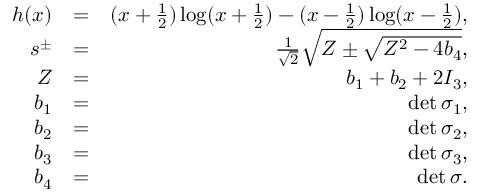
\begin{array} { r l r } { h ( x ) } & { = } & { ( x + \frac { 1 } { 2 } ) \log ( x + \frac { 1 } { 2 } ) - ( x - \frac { 1 } { 2 } ) \log ( x - \frac { 1 } { 2 } ) , } \\ { s ^ { \pm } } & { = } & { \frac { 1 } { \sqrt { 2 } } \sqrt { Z \pm \sqrt { Z ^ { 2 } - 4 b _ { 4 } } } , } \\ { Z } & { = } & { b _ { 1 } + b _ { 2 } + 2 I _ { 3 } , } \\ { b _ { 1 } } & { = } & { \operatorname* { d e t } \sigma _ { 1 } , } \\ { b _ { 2 } } & { = } & { \operatorname* { d e t } \sigma _ { 2 } , } \\ { b _ { 3 } } & { = } & { \operatorname* { d e t } \sigma _ { 3 } , } \\ { b _ { 4 } } & { = } & { \operatorname* { d e t } \sigma . } \end{array}